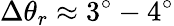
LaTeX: \Delta\theta_{r}\approx 3^{\circ}-4^{\circ}